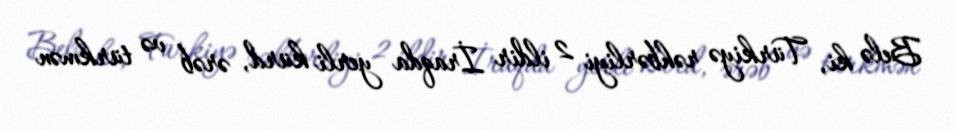
Belə ki, Türkiyə rəhbərliyi 2 ildir İraqda yerli kürd, ərəb və türkmən